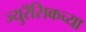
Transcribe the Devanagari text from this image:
ज्युरॅसिकच्या